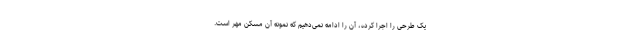
یک طرحی را اجرا کرده، آن را ادامه نمی‌دهیم که نمونه آن مسکن مهر است.